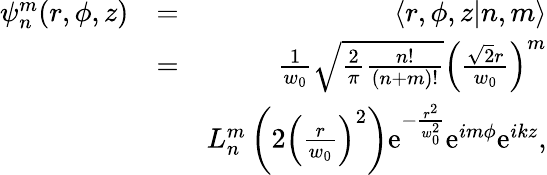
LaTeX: \begin{array}{rlr}{\psi_{n}^{m}(r,\phi,z)}&{=}&{\left\langle r,\phi,z|n,m\right\rangle}\\ &{=}&{\frac{1}{w_{0}}\sqrt{\frac{2}{\pi}\frac{n!}{(n+m)!}}\left(\frac{\sqrt{2}r}{w_{0}}\right)^{m}}\\ &{}&{L_{n}^{m}\left(2\left(\frac{r}{w_{0}}\right)^{2}\right)\mathrm{e}^{-\frac{r^{2}}{w_{0}^{2}}}\mathrm{e}^{im\phi}\mathrm{e}^{ikz},}\end{array}